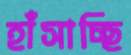
হাঁসাচ্ছি